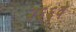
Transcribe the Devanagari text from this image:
२६६वे